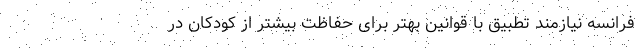
فرانسه نیازمند تطبیق با قوانین بهتر برای حفاظت بیشتر از کودکان در